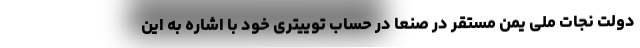
دولت نجات ملی یمن مستقر در صنعا در حساب توییتری خود با اشاره به این